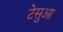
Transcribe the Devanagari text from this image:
टेसुआ